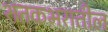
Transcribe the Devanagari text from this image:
शतकभरातील